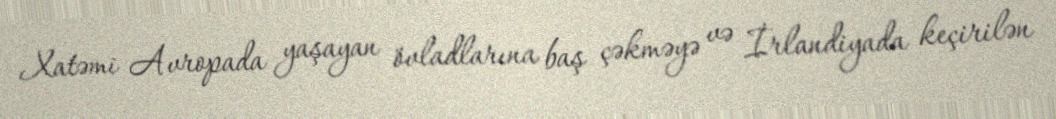
Xatəmi Avropada yaşayan övladlarına baş çəkməyə və İrlandiyada keçirilən